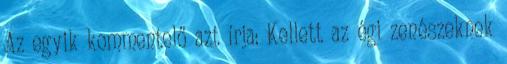
Az egyik kommentelő azt írja: Kellett az égi zenészeknek